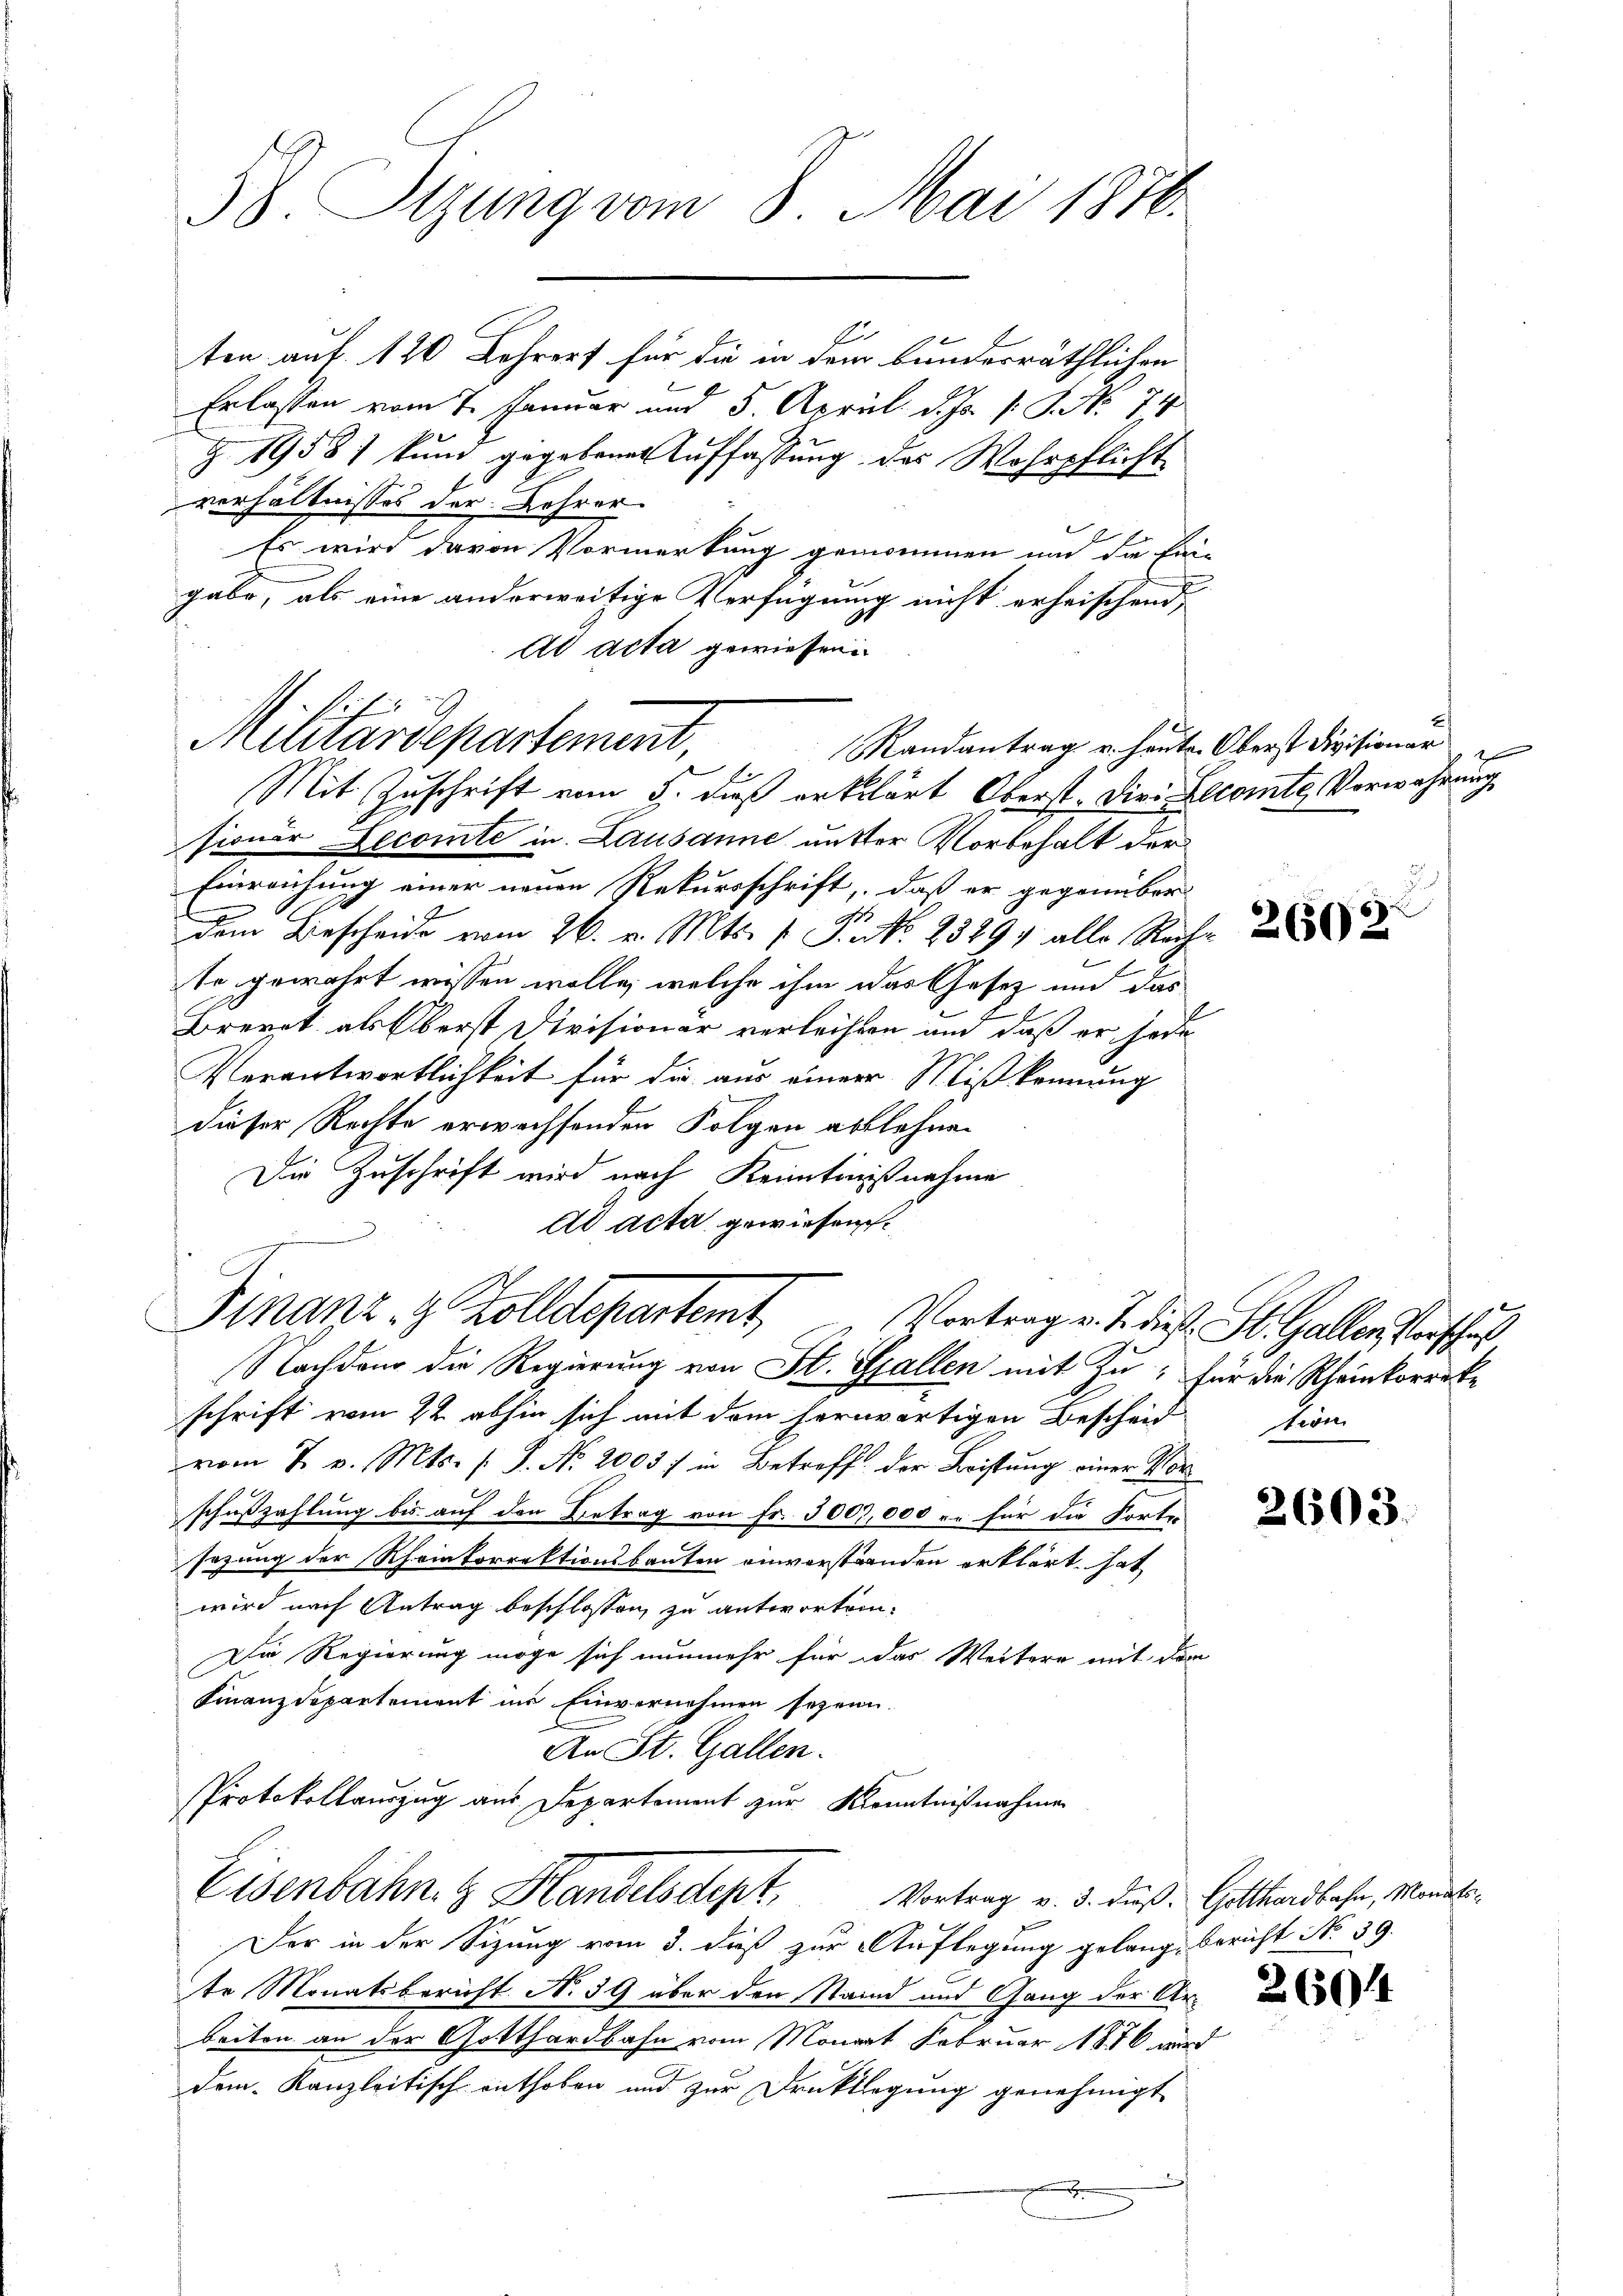
58. Sizung vom 8. Mai 1870.

ten auf 120 Lehrers für die in dem bundesräthlichen
Erlassen vom 7. Januar und 5. April d. Js. s. S. No 74
Z. 1958 kund gegebenen Auffassung des Wehrpflicht
verhältnisses der Lehrer
Es wird davon Vormerkung genommen und die Ein-
gabo, als eine anderweitige Verfügung nicht erheischend
Ad acta gewiesen
sioner Decomte in Lausanne unter Vorbehalt der
Einreichung einer neuen Rekursschrift, daß er gegenüber
J
dem Beschende vom 26. v. Mts. f. S. Nr. 2549. alle Reche
te gewährt wissen wolle, welche ihm das Gesetz und das
Brevet als Oberst Divisionär verleihten und daß er jede
Verantwortlichkeit für die aus einer Miß kennung
dieser Rechte erwachsenden Folgen ablehnen
Die Zuschrift wird nach Kenntnisnahme
ad acta gewiesen.

Finanz- & Zolldepartemt Vortrag v. J. dies St. Galler Vorschuß
Nachdem die Regierung von St. Gallen mit Zu; für die Rheinkorreke

Militärdepartement,
Randantrag u. heute. Oberst Divisionar
E
Mit Zuschrift vom 5. dieß erklärt Oberst. Die Eecomte Vorwahrung

schrift vom 22. abhin sich mit dem herwärtigen Bescheidtion
vom 7. v. Mts. S. Nr. 2003) in Betroff der Leistung einer Vorschußzahlung bis auf den Betrag von Fr. 3007,000 r. für die Forten
sezung der Rheinkorrektionsbauten einverständen erklärt hat
wird nach Antrag beschlossen, zu antwortem¬
Die Regierung möge sich nunmehr für das Weitere mit dem
Finanzdepartement ins Einvernehmen seyen.
An St. Gallen.
Protokollauszug aus Departement zur Kenntnißnahmen
Eisenbahn. Handelsdept, Vortrag v. 3. duß. Gotthardbahn, Monats¬
Der in der Sizung vom 3. dieß zur Auflegung gelang, Bericht No 39.
te Monatsbericht No 39 über den Staind und Gang der Arbeiten an der Gotthardbahn vom Monat Februar 1856 wird
dem Kanzleitisch enthoben und zur Druktlegung genehmigt
e

1

2603.

26504